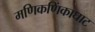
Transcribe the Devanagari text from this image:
मणिकणिंकाघाट